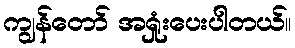
ကျွန်တော် အရှုံးပေးပါတယ်။